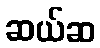
ဆယ်ဆ